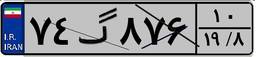
۷۴گ۸۷۶۱۰